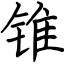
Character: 锥